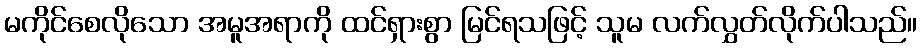
မကိုင်စေလိုသော အမူအရာကို ထင်ရှားစွာ မြင်ရသဖြင့် သူမ လက်လွှတ်လိုက်ပါသည်။